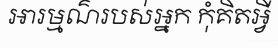
អារម្មណ៌របស់អ្នក កុំគិតអ្វី